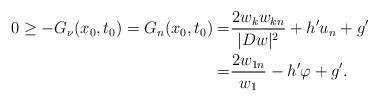
LaTeX: \begin{align*} 0 \ge - G_\nu (x_0, t_0) = G_n (x_0, t_0) =& \frac{2w_k w_{kn} }{|Dw|^2} + h'u_n + g' \\ =& \frac{2w_{1n}}{{w_1} } - h'\varphi + g'.\end{align*}